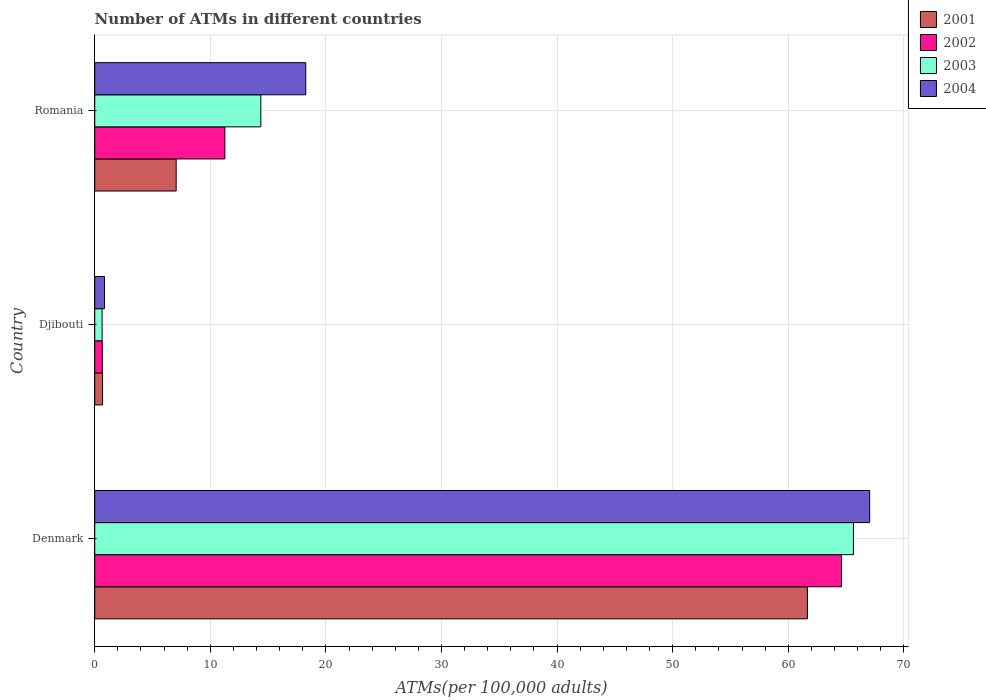
| Country | 2001 | 2002 | 2003 | 2004 |
 | --- | --- | --- | --- | --- |
 | Denmark | 61.7 | 64.6 | 65.6 | 67 |
 | Djibouti | 0.676 | 0.656 | 0.638 | 0.844 |
 | Romania | 7.04 | 11.3 | 14.4 | 18.3 |